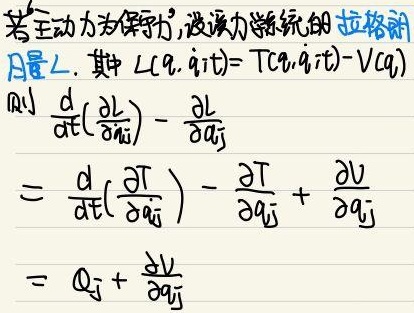
若主动力为保守力，设力学系统的拉格朗日量\(L\)，其中\(L(q,\dot{q},t)=T(q,\dot{q},t)-V(q)\)。则
\[\begin{align*}
&\frac{\mathrm{d}}{\mathrm{d}t}\left(\frac{\partial L}{\partial \dot{q_j}}\right)-\frac{\partial L}{\partial q_j}\\
=&\frac{\mathrm{d}}{\mathrm{d}t}\left(\frac{\partial T}{\partial \dot{q_j}}\right)-\frac{\partial T}{\partial q_j}+\frac{\partial V}{\partial q_j}\\
=&Q_j+\frac{\partial V}{\partial q_j}
\end{align*}\]